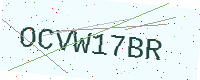
Text: OCVW17BR